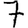
Digit: 7